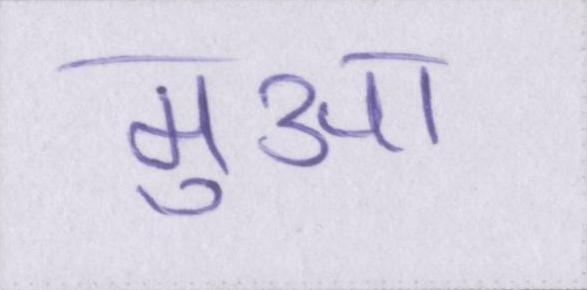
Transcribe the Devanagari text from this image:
मुआ